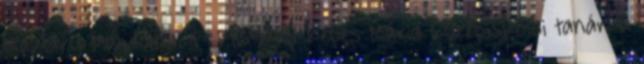
Makláry Magdolna. F: 1964-től Kepes Mária középiskolai tanár, a